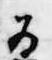
為